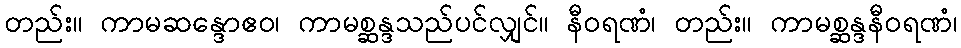
တည်း။ ကာမဆန္ဒောဧဝ၊ ကာမစ္ဆန္ဒသည်ပင်လျှင်။ နီဝရဏံ၊ တည်း။ ကာမစ္ဆန္ဒနီဝရဏံ၊